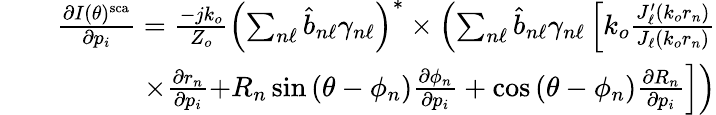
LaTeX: \begin{array}{rlr}&{}&{\frac{\partial I(\theta)^{\mathrm{sca}}}{\partial p_{i}}=\frac{-jk_{o}}{Z_{o}}\left(\sum_{n\ell}\hat{b}_{n\ell}\gamma_{n\ell}\right)^{*}\times\left(\sum_{n\ell}\hat{b}_{n\ell}\gamma_{n\ell}\left[k_{o}\frac{J_{\ell}^{\prime}\left(k_{o}r_{n}\right)}{J_{\ell}\left(k_{o}r_{n}\right)}\right.\right.}\\ &{}&{\times\frac{\partial r_{n}}{\partial p_{i}}\left.\left.+R_{n}\sin\left(\theta-\phi_{n}\right)\frac{\partial\phi_{n}}{\partial p_{i}}+\cos\left(\theta-\phi_{n}\right)\frac{\partial R_{n}}{\partial p_{i}}\right]\right)}\end{array}